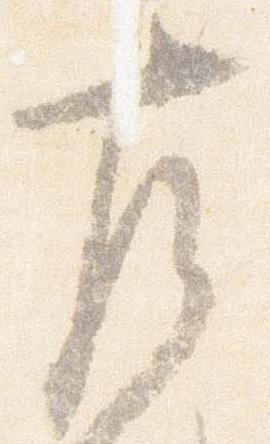
左